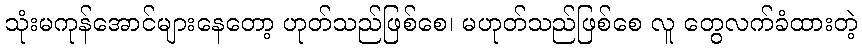
သုံးမကုန်အောင်များနေတော့ ဟုတ်သည်ဖြစ်စေ၊ မဟုတ်သည်ဖြစ်စေ လူ တွေလက်ခံထားတဲ့